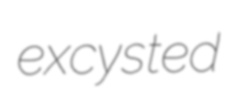
excysted